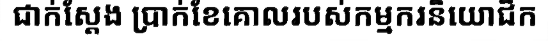
ជាក់ស្តែង ប្រាក់ខែគោលរបស់កម្មករនិយោជិក